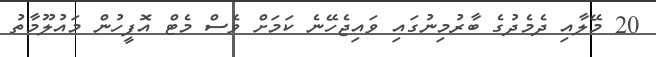
20 މޭލާއި ދެމެދުގެ ބާރުމިނުގައި ވައިޖެހޭނެ ކަމަށް ވެސް މެޓް އޮފީހުން މައުލޫމާތު